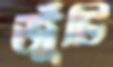
জুঁটি